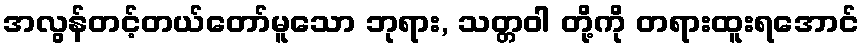
အလွန်တင့်တယ်တော်မူသော ဘုရား, သတ္တဝါ တို့ကို တရားထူးရအောင်